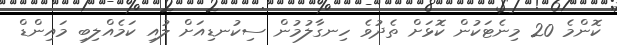
ކޮންމެ 20 މިނެޓަކުން ކޮޅަށް ތެދުވެ ހިނގާލުމުން ސިކުނޑިއަށް ލުއި ކަމެއްލިބި މައިންޑް